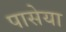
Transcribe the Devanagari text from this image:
पासेया